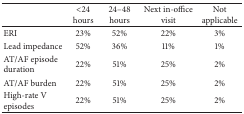
|  | <24 hours | 24–48 hours | Next in-office visit | Not applicable |
 | --- | --- | --- | --- | --- |
 | ERI | 23% | 52% | 22% | 3% |
 | Lead impedance | 52% | 36% | 11% | 1% |
 | AT/AF episode duration | 22% | 51% | 25% | 2% |
 | AT/AF burden | 22% | 51% | 25% | 2% |
 | High-rate V episodes | 22% | 51% | 25% | 2% |